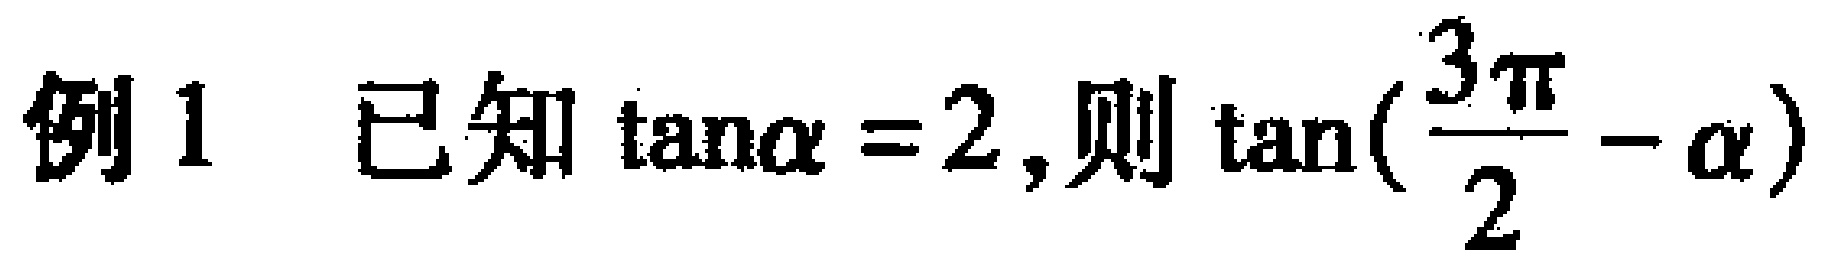
例1 已知$\tan\alpha = 2$,则$\tan(\frac{3\pi}{2}-\alpha)$